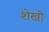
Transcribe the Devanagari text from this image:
शेखो